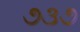
૭૩૭